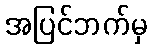
အပြင်ဘက်မှ